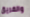
والفريق